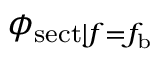
\phi _ { \mathrm { s e c t } | f = f _ { \mathrm { b } } }